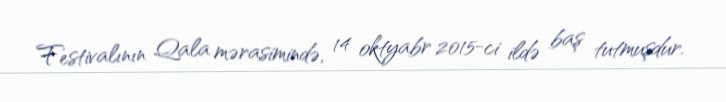
Festivalının Qala mərasimində, 14 oktyabr 2015-ci ildə baş tutmuşdur.